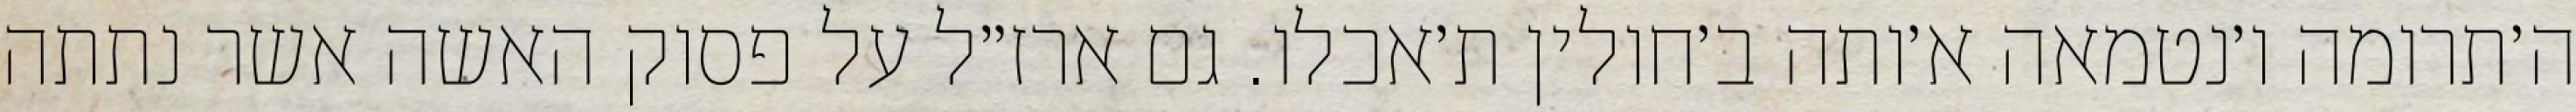
ה׳תרומה ו׳נטמאה א׳ותה ב׳חולין ת׳אכלו. גם ארז״ל על פסוק האשה אשר נתתה